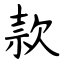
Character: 款